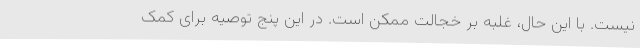
نیست. با این حال، غلبه بر خجالت ممکن است. در این پنج توصیه برای کمک